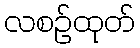
လစဉ်ထုတ်